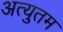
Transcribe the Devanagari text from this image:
अत्युतम